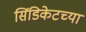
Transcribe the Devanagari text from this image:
सिंडिकेटच्या